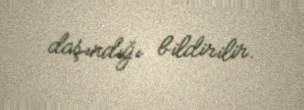
daşındığı bildirilir.